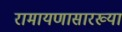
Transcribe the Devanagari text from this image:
रामायणासारख्या